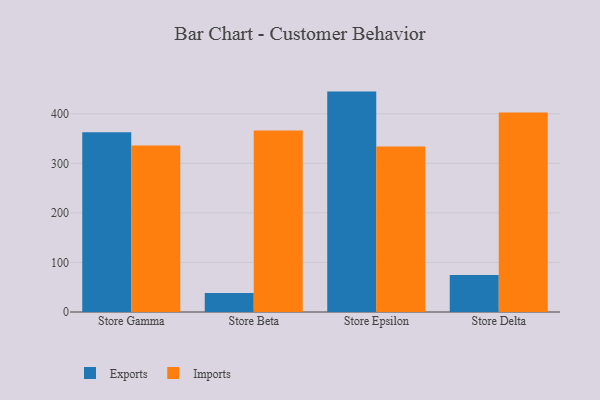
{"axis": {"x": "Store", "y": "Net Income (USD K)"}, "legend": ["Exports", "Imports"], "data": [{"x": "Store Gamma", "y": 362.9, "type": "Exports"}, {"x": "Store Gamma", "y": 336.1, "type": "Imports"}, {"x": "Store Beta", "y": 38.1, "type": "Exports"}, {"x": "Store Beta", "y": 366.2, "type": "Imports"}, {"x": "Store Epsilon", "y": 444.7, "type": "Exports"}, {"x": "Store Epsilon", "y": 334.0, "type": "Imports"}, {"x": "Store Delta", "y": 74.9, "type": "Exports"}, {"x": "Store Delta", "y": 402.6, "type": "Imports"}]}